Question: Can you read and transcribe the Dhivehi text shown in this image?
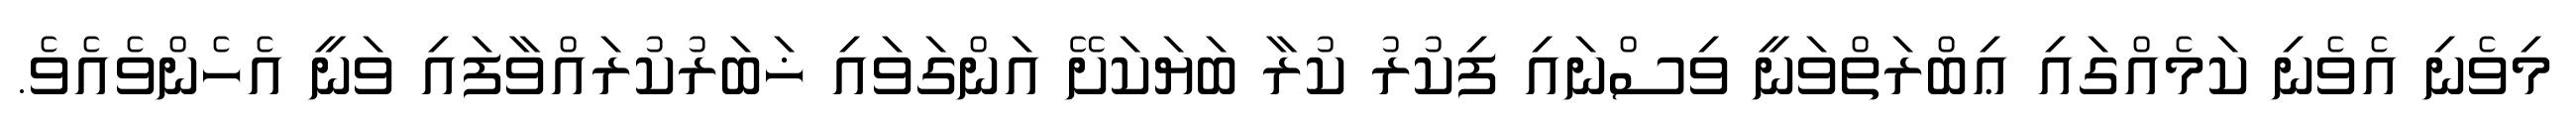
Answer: މިވެނި އެވެނި ކަމެއްގައި ޢިބްރަތްވަނީ ވިސްނައި ފިކުރު ކުރާ ބަޔަކަށޭ އަންގަވައި ޚަބަރުކުރައްވާފައި ވަނީ އެހެންވެއެވެ.